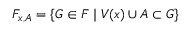
F _ { x , A } = \{ G \in F \mid V ( x ) \cup A \subset G \}